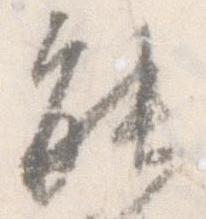
能